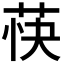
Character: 𬜴